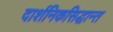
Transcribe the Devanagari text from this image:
दार्शनिकसिद्धान्त